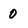
Character: 0